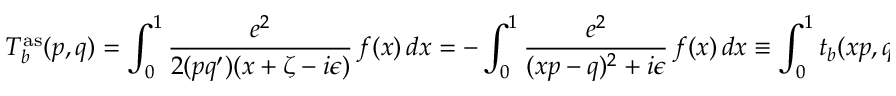
T _ { b } ^ { \mathrm { a s } } ( p , q ) = \int _ { 0 } ^ { 1 } \frac { e ^ { 2 } } { 2 ( p q ^ { \prime } ) ( x + \zeta - i \epsilon ) } \, f ( x ) \, d x = - \int _ { 0 } ^ { 1 } \frac { e ^ { 2 } } { ( x p - q ) ^ { 2 } + i \epsilon } \, f ( x ) \, d x \equiv \int _ { 0 } ^ { 1 } t _ { b } ( x p , q ) \, f ( x ) \, d x \, .